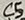
Text: C5